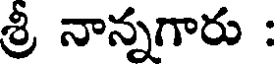
శ్రీ నాన్నగారు :